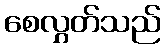
စေလွှတ်သည်